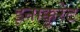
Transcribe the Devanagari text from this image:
इनाक्कुरेट